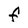
Character: F